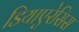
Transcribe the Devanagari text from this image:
डियाएरेसिस